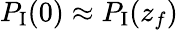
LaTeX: P_{\mathrm{I}}(0)\approx P_{\mathrm{I}}(z_{f})